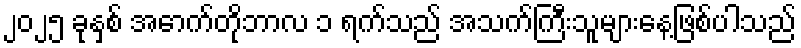
၂၀၂၅ ခုနှစ် အောက်တိုဘာလ ၁ ရက်သည် အသက်ကြီးသူများနေ့ဖြစ်ပါသည်